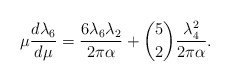
\begin{align*}\mu{d\lambda_6\over d\mu} = {6 \lambda_6 \lambda_2\over 2\pi\alpha} + {5\choose 2} {\lambda_4^2\over 2\pi\alpha}.\end{align*}